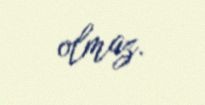
olmaz.